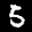
Label: 5